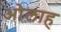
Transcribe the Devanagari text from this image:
ओलाह